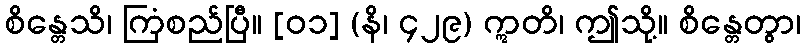
စိန္တေသိ၊ ကြံစည်ပြီ။ [၀၁] (နိ၊ ၄၂၉) ဣတိ၊ ဤသို့။ စိန္တေတွာ၊